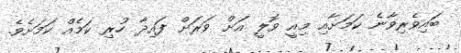
ބައިވެރިވާނެ ކަމަށާއި މިއީ ވޮލީ އަށް ވަރަށް ފައިދާ ހުރި ކަމެއް ކަމަށެވެ.